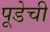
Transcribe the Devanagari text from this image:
पूडेची